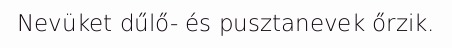
Nevüket dűlő- és pusztanevek őrzik.